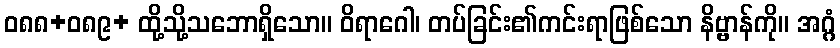
ဝ၈၈+၀၈၉+ ထို့သို့သဘောရှိသော။ ဝိရာဂေါ၊ တပ်ခြင်း၏ကင်းရာဖြစ်သော နိဗ္ဗာန်ကို။ အဂ္ဂံ